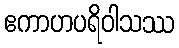
ဧကာဟပရိဝါသဿ